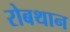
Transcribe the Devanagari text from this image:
रोबथान